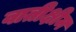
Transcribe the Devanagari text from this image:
वातीक्षीम